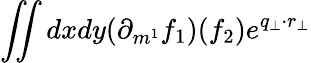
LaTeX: \iint dxdy(\partial_{m^{1}}f_{1})(f_{2})e^{q_{\perp}\cdot r_{\perp}}